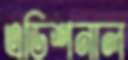
এডিশনাল